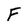
Character: F